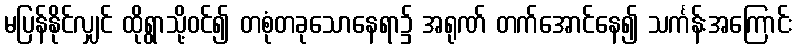
မပြန်နိုင်လျှင် ထိုရွာသို့ဝင်၍ တစုံတခုသောနေရာ၌ အရုဏ် တက်အောင်နေ၍ သင်္ကန်းအကြောင်း